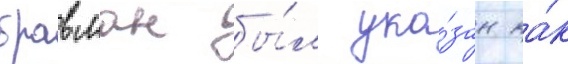
бравман бы́л ука́зан ка́к